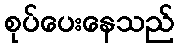
စုပ်ပေးနေသည်